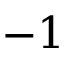
- 1